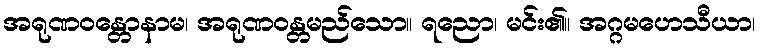
အရုဏဝန္တောနာမ၊ အရုဏဝန္တမည်သော။ ရညော၊ မင်း၏။ အဂ္ဂမဟေသီယာ၊